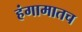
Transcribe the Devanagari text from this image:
हंगामातच